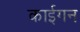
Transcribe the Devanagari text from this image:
काईगन